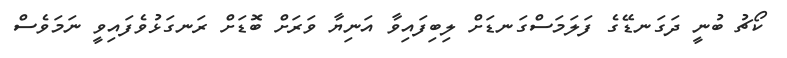
ކޯޗު ބުނީ ދަގަނޑޭގެ ފަލަމަސްގަނޑަށް ލިބިފައިވާ އަނިޔާ ވަރަށް ބޮޑަށް ރަނގަޅުވެފައިވީ ނަމަވެސް